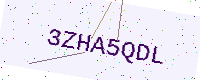
Text: 3ZHA5QDL